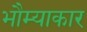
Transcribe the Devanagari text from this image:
भौम्याकार